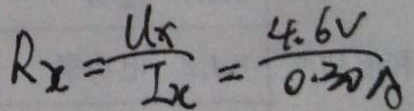
R _ { x } = \frac { U _ { x } } { I _ { x } } = \frac { 4 . 6 v } { 0 . 3 0 A }